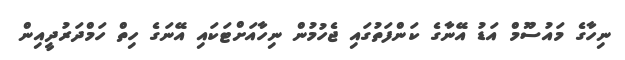
ނިހާގެ މައުސޫމް އަޑު އޭނާގެ ކަންފަތުގައި ޖެހުމުން ނިހާއަށްޓަކައި އޭނަގެ ހިތް ހަމްދަރުދީއިން